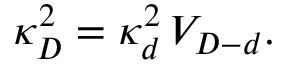
\kappa _ { D } ^ { 2 } = \kappa _ { d } ^ { 2 } \, V _ { D - d } .